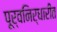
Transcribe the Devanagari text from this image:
पूर्वनिर्धारीत